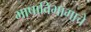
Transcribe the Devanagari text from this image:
भाषाविभागाचे